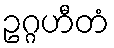
ဥဂ္ဂဟီတံ